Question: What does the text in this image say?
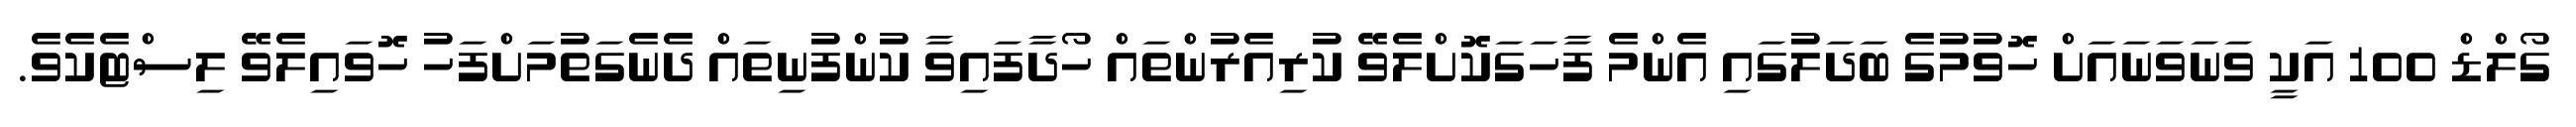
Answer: ގޯލްޑް 100 އަކީ ވަނަވަނައަށް ހޮވުމުގެ ބަދަލުގައި އެންމެ ފާހަގަކޮށްލެވޭ ކުރިއެރުންތައް ހޯދާފައިވާ ކުންފުނިތައް ދެނެގަތުމަށްފަހު ހޮވައިލެވޭ ލިސްޓެކެވެ.